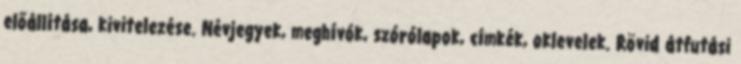
előállítása, kivitelezése. Névjegyek, meghívók, szórólapok, címkék, oklevelek. Rövid átfutási